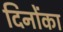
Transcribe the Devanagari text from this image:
दिनोंका